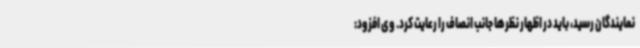
نمایندگان رسید، باید در اظهار نظرها جانب انصاف را رعایت کرد. وی افزود: